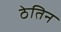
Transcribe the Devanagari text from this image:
ठेतिन